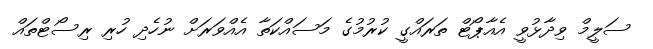
ސަލީމް ވިދާޅުވީ އެއާޕޯޓް ތަރައްގީ ކުރުމުގެ މަސައްކަތާ އެއްވަރަށް ނުހެދި ހުރި ރިސޯޓްތައް